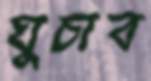
ঘুচাব